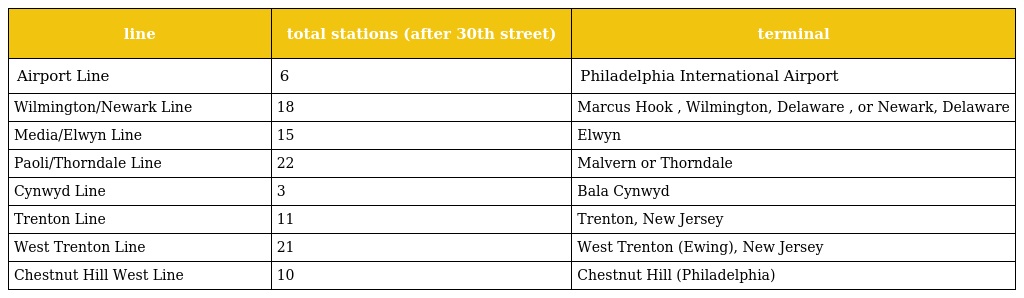
| line | total stations (after 30th street) | terminal |
 | --- | --- | --- |
 | Airport Line | 6 | Philadelphia International Airport |
 | Wilmington/Newark Line | 18 | Marcus Hook , Wilmington, Delaware , or Newark, Delaware |
 | Media/Elwyn Line | 15 | Elwyn |
 | Paoli/Thorndale Line | 22 | Malvern or Thorndale |
 | Cynwyd Line | 3 | Bala Cynwyd |
 | Trenton Line | 11 | Trenton, New Jersey |
 | West Trenton Line | 21 | West Trenton (Ewing), New Jersey |
 | Chestnut Hill West Line | 10 | Chestnut Hill (Philadelphia) |